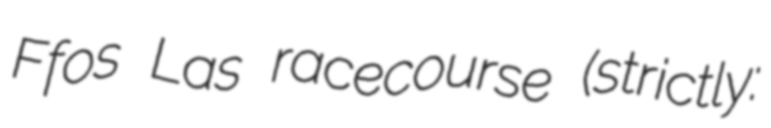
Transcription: Ffos Las racecourse (strictly: